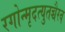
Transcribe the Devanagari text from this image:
रगोन्मृदत्युतच्चैरव